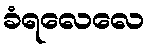
ခံရလေလေ